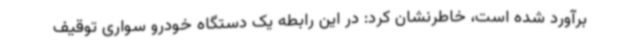
برآورد شده است، خاطرنشان کرد: در این رابطه یک دستگاه خودرو سواری توقیف